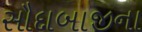
સૌદાબાજીના